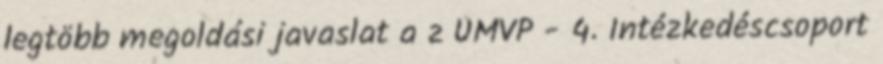
legtöbb megoldási javaslat a z ÚMVP - 4. Intézkedéscsoport